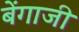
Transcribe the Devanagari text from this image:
बेंगाजी